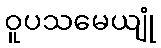
ဝူပသမေယျုံ